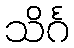
သိင်္ဂ